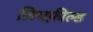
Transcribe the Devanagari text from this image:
लिचफ़ील्ड